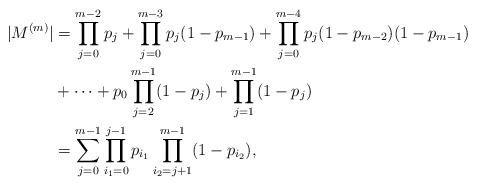
LaTeX: \begin{align*}|M^{(m)}|&=\prod_{j=0}^{m-2} p_j+\prod_{j=0}^{m-3}p_j(1-p_{m-1}) +\prod_{j=0}^{m-4}p_j(1-p_{m-2})(1-p_{m-1})\\ &+\cdots+ p_0\prod_{j=2}^{m-1}(1-p_{j})+\prod_{j=1}^{m-1}(1-p_j)\\&= \sum_{j=0}^{m-1}\prod_{i_1=0}^{j-1}p_{i_1}\prod_{i_2=j+1}^{m-1}(1-p_{i_2}), \end{align*}